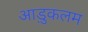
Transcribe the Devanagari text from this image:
आड़ुकलम